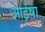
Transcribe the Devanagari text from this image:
आईषा